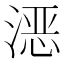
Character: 𪶮